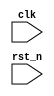


module count_time
(
    input clk,
    input rst_n
);

    //50Mhz
    parameter T1US = 6'd50;
    
    
    reg [5:0] count;
    
    always @(posedge clk or negedge rst_n)
    begin
        if(~rst_n)
            count <= 6'd0;
        else if(count == T1US)
            count <= 6'd1;
        else
            count <= count + 1'b1;
    end
    
    /******/
    
    reg [7:0] count_us;
    
    always @(posedge clk or negedge rst_n)
    begin
        if(~rst_n)
            count_us <= 8'd0;
        else if(count_us == 8'd10)
            count_us <= 8'd0;
        else if(count == T1US)
            count_us <= count_us + 1'b1;
        else
            count_us <= count_us;
    end
    
    /******/
    
    // wire count_1us;
    // assign count_1us = (count == T1US) ? 1'b1 : 1'b0;
    
    reg count_1us;
    
    always @(posedge clk or negedge rst_n)
    begin
        if(~rst_n)
            count_1us <= 1'b0;
        else
            count_1us <= (count == T1US);
    end
    
    
    wire count_10us;
    assign count_10us = (count_us == 8'd10) ? 1'b1 : 1'b0;
    
endmodule